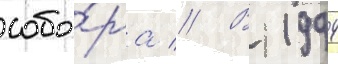
собо́ра // В 1994